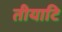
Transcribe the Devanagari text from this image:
तीयाटि